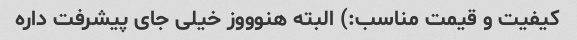
کیفیت و قیمت مناسب:) البته هنوووز خیلی جای پیشرفت داره